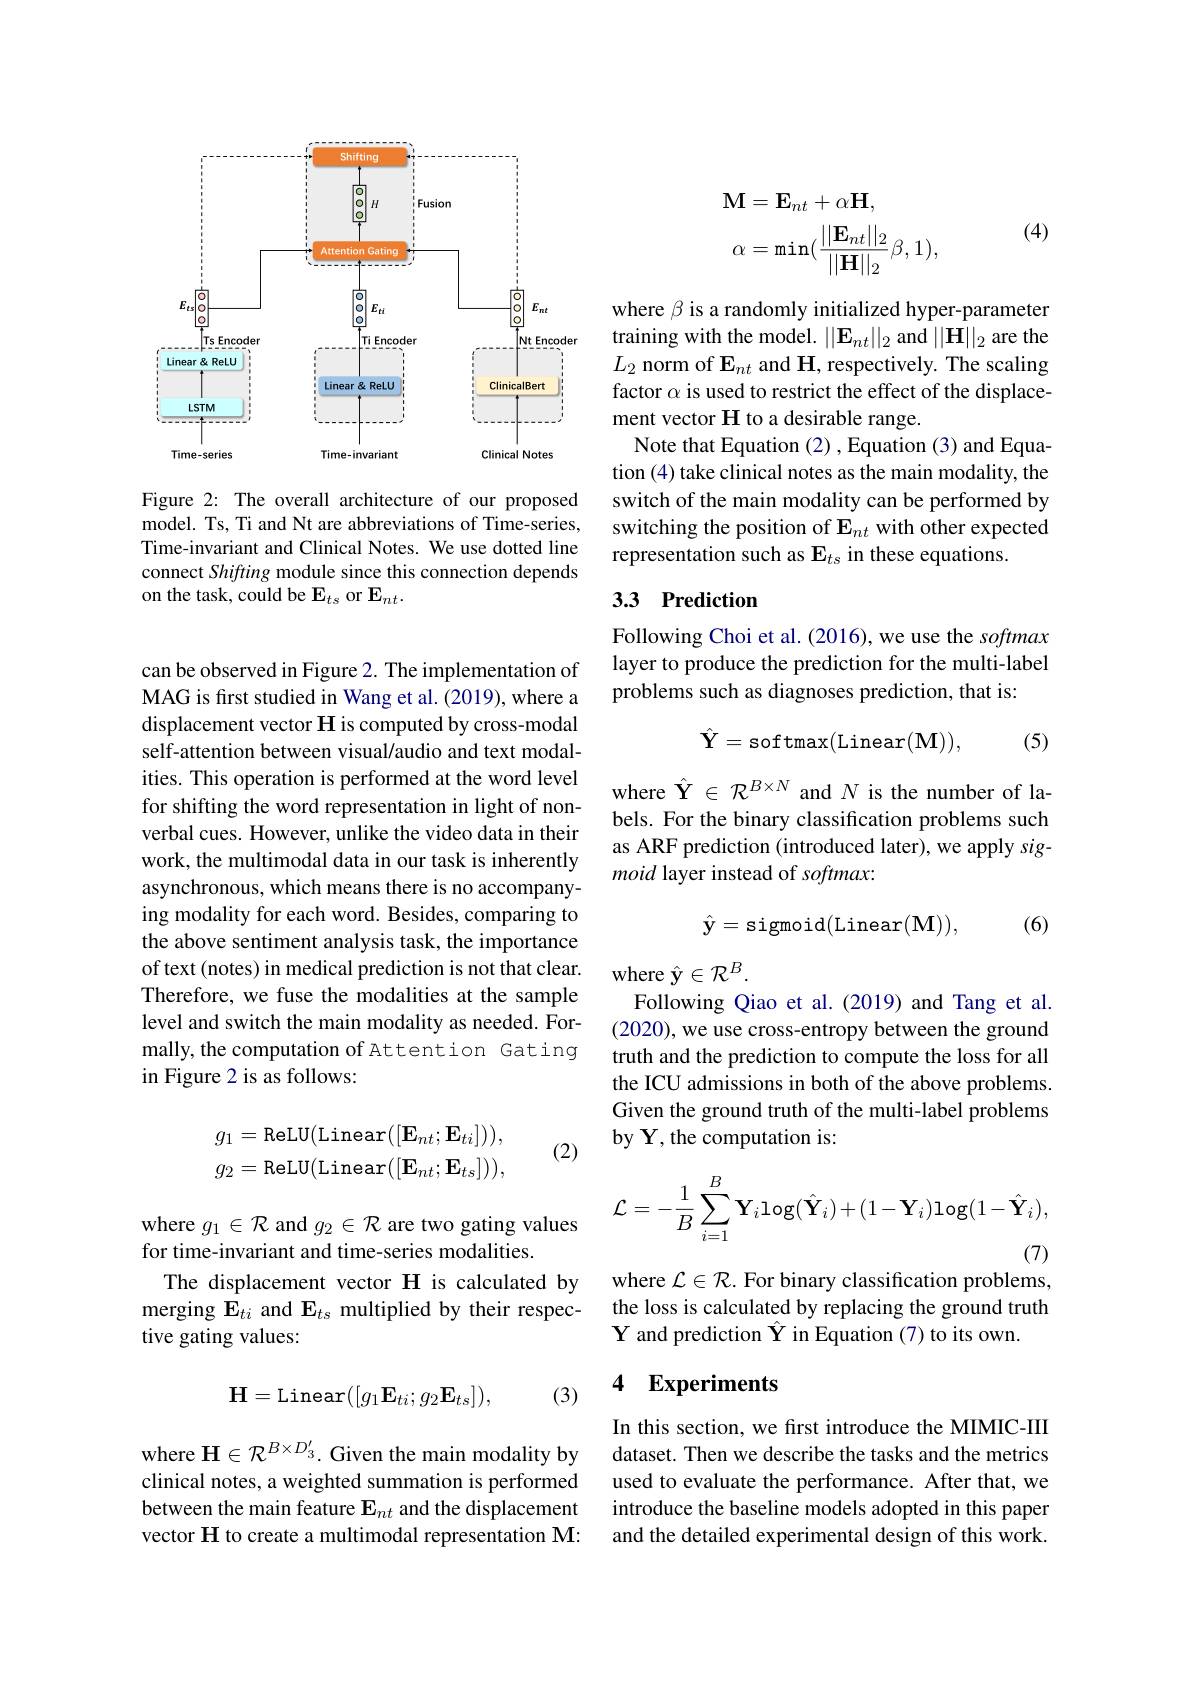
<FigureHere>

Figure 2: The overall architecture of our proposed model. Ts, Ti and Nt are abbreviations of Time-series, Time-invariant and Clinical Notes. We use dotted line connect Shifting module since this connection depends on the task, could be $\mathbf{E}_{ts}$ or $\mathbf{E}_{nt}.$

can be observed in Figure 2. The implementation of MAG is first studied in Wang et al. (2019), where a displacement vector H is computed by cross-modal self-attention between visual/audio and text modalities. This operation is performed at the word level for shifting the word representation in light of nonverbal cues. However, unlike the video data in their work, the multimodal data in our task is inherently asynchronous, which means there is no accompanying modality for each word. Besides, comparing to the above sentiment analysis task, the importance of text (notes) in medical prediction is not that clear. Therefore, we fuse the modalities at the sample level and switch the main modality as needed. Formally, the computation of Attention Gating in Figure 2 is as follows:
$$\begin{aligned}g_1&=\text{ReLU(Linear}([\mathbf{E}_{nt};\mathbf{E}_{ti}])),\\g_2&=\text{ReLU(Linear}([\mathbf{E}_{nt};\mathbf{E}_{ts}])),\end{aligned}$$
(2)

where $g_1\in\mathcal{R}$ and $g_2\in\mathcal{R}$ are two gating values
for time-invariant and time-series modalities.
The displacement vector H is calculated by merging $\mathbf{E}_{ti}$ and $\mathbf{E}_{ts}$ multiplied by their respective gating values:
$$\mathbf{H}=\mathrm{Linear}([g_1\mathbf{E}_{ti};g_2\mathbf{E}_{ts}]),$$
(3)

where $\mathcal{H}\in\mathcal{R}^{B\times D_3^{\prime}}.$ Given the main modality by clinical notes, a weighted summation is performed between the main feature $\mathbf{E}_{nt}$ and the displacement vector H to create a multimodal representation M:

(4)
$$\begin{aligned}&\mathbf{M}=\mathbf{E}_{nt}+\alpha\mathbf{H},\\&\alpha=\min(\frac{||\mathbf{E}_{nt}||_{2}}{||\mathbf{H}||_{2}}\beta,1),\end{aligned}$$
where $\beta$ is a randomly initialized hyper-parameter training with the model. $||\mathbf{E}_{nt}||_2$ and $||\mathbf{H}||_2$ are the $L_2$ norm of $\mathbf{E}_nt$ and H, respectively. The scaling factor $\alpha$ is used to restrict the effect of the displacement vector H to a desirable range.
Note that Equation (2), Equation (3) and Equation (4) take clinical notes as the main modality, the switch of the main modality can be performed by switching the position of E$_{nt}$ with other expected representation such as $\mathbf{E}_{ts}$ in these equations.

# 3.3 Prediction

Following Choi et al. (2016), we use the softmax layer to produce the prediction for the multi-label problems such as diagnoses prediction, that is:
$$\hat{\mathbf{Y}}=\mathrm{softmax}(\mathrm{Linear}(\mathbf{M})),$$
(5)

where $\hat{\mathcal{Y}}\in\mathcal{R}^{B\times N}$ and $N$ is the number of labels. For the binary classification problems such as ARF prediction (introduced later), we apply sigmoid layer instead of softmax:
$$\hat{\mathbf{y}}=\mathrm{sigmoid}(\mathrm{Linear}(\mathbf{M})),$$
(6)

where $\hat{\mathbf{y}}\in\mathcal{R}^B.$
Following Qiao et al.(2019) and Tang et al. (2020), we use cross-entropy between the ground truth and the prediction to compute the loss for all the ICU admissions in both of the above problems. Given the ground truth of the multi-label problems by Y, the computation is:
$$\mathcal{L}=-\frac{1}{B}\sum_{i=1}^{B}\mathbf{Y}_{i}\log(\hat{\mathbf{Y}}_{i})+(1-\mathbf{Y}_{i})\log(1-\hat{\mathbf{Y}}_{i}),$$
where $\mathcal{L}\in\mathcal{R}.$ For binary classification problems,

the loss is calculated by replacing the ground truth
Y and prediction $\hat{\mathbf{Y}}$ in Equation (7) to its own.

## 4 Experiments

In this section, we fırst introduce the MIMIC-III dataset. Then we describe the tasks and the metrics used to evaluate the performance. After that, we introduce the baseline models adopted in this paper and the detailed experimental design of this work.